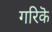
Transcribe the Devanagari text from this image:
गरिकॆ